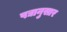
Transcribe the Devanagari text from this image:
पद्यानुसार